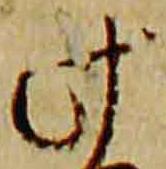
此